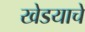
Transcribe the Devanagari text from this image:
खेडयाचे